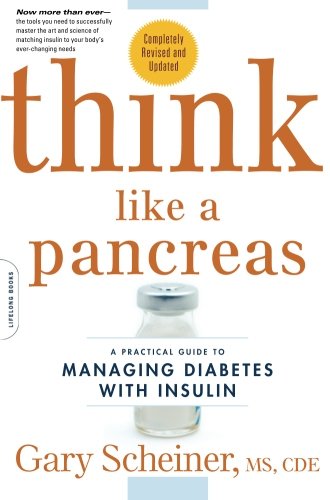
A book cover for Think Like a Pancreas: A Practical Guide to Managing Diabetes with Insulin--Completely Revised and Updated; Gary Scheiner; Health, Fitness & Dieting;